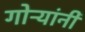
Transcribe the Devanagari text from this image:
गोऱ्यांनी